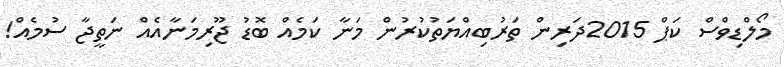
މޯލްޑިވްސް ކަޕް 2015ދަރިން ތަރުބިއްޔަތުކުރުން މަނާ ކަމެއް ބޮޑު ޖޫރިމަނާއެއް ނަތީޖާ ސުމެއް!